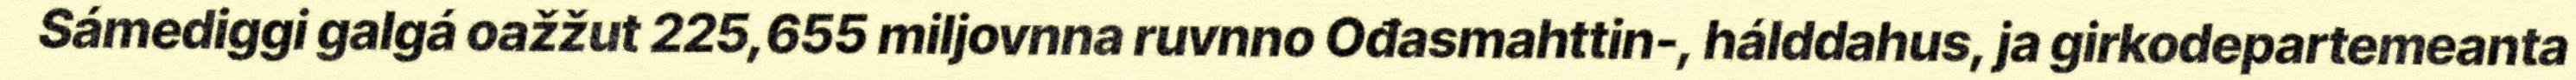
Sámediggi galgá oažžut 225,655 miljovnna ruvnno Ođasmahttin-, hálddahus, ja girkodepartemeanta